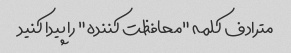
مترادف کلمه "محافظت کننده" را پیدا کنید